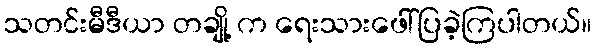
သတင်းမီဒီယာ တချို့ က ရေးသားဖေါ်ပြခဲ့ကြပါတယ်။